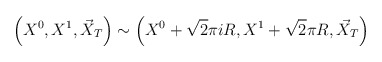
\begin{align*}\left(X^0,X^1,\vec{X}_T\right)\sim\left(X^0+\sqrt{2}\pi i R,X^1+\sqrt{2}\pi R,\vec{X}_T\right)\end{align*}